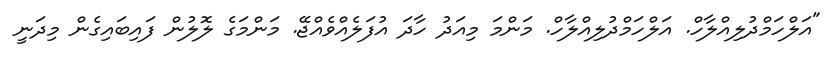
"އަލްހަމްދުލިއްލާހް. އަލްހަމްދުލިއްލާހް. މަންމަ މިއަދު ހާދަ އުފަލެއްވެއްޖޭ. މަންމަގެ ލޮލުން ފައިބައިގެން މިދަނީ